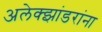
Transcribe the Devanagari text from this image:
अलेक्झांडरांना